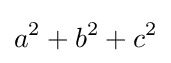
a^{2}+b^{2}+c^{2}